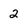
Character: 2